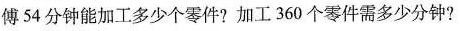
傅54分钟能加工多少个零件?加工360个零件需多少分钟?